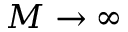
M \rightarrow \infty